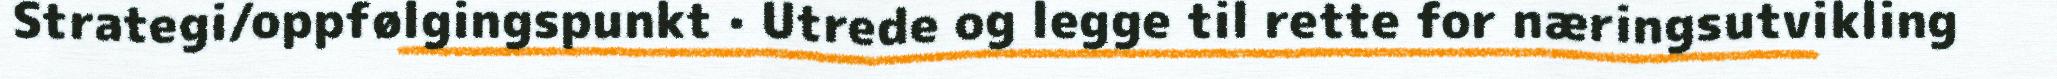
Strategi/oppfølgingspunkt · Utrede og legge til rette for næringsutvikling